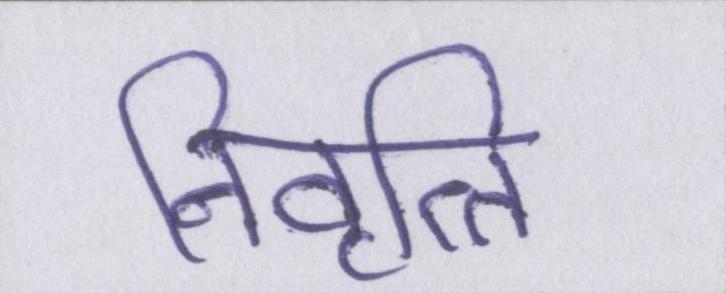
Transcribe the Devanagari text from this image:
निवृत्ति